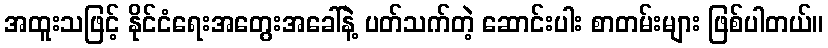
အထူးသဖြင့် နိုင်ငံရေးအတွေးအခေါ်နဲ့ ပတ်သက်တဲ့ ဆောင်းပါး စာတမ်းများ ဖြစ်ပါတယ်။